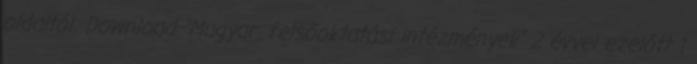
oldaltól: Download "Magyar. felsõoktatási intézmények" 2 évvel ezelőtt 1